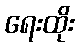
ရေးထိုး